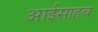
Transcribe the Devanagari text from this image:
आईसाहब